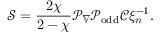
\mathcal { S } = \frac { 2 \chi } { 2 - \chi } \mathcal { P } _ { \overline { { \mathbb { V } } } } \mathcal { P } _ { \mathrm { o d d } } \mathcal { C } \xi _ { n } ^ { - 1 } .